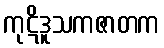
ကုဋိဒူသကဇာတက